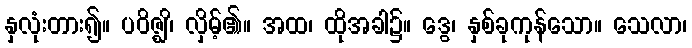
နှလုံးတား၍။ ပဝိဇ္ဈိ၊ လှိမ့်၏။ အထ၊ ထိုအခါ၌။ ဒွေ၊ နှစ်ခုကုန်သော။ သေလာ၊